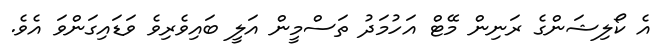
އެ ކޯލިޝަންގެ ރަނިން މޭޓް އަހުމަދު ތަސްމީން އަލީ ބައިވެރިވެ ވަޑައިގަންވަ އެވެ.